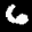
Label: 6